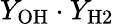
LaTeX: Y_{\mathrm{OH}}\cdot Y_{\mathrm{H2}}